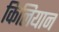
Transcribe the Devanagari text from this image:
किलियान